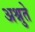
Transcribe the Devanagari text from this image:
अश्नुते